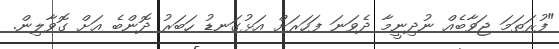
"ފުރަތަމަ ޖަވާބެއް ނުދިނީމާ ދެވަނަ ފަހަރަށް އަޅުގަނޑު ހަބަރު ދޮންބެ އަށް ގޮވާލިން.